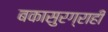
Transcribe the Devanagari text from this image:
बकासुरग्राही